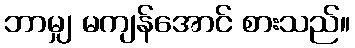
ဘာမျှ မကျန်အောင် စားသည်။